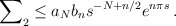
\begin{align*}\sum\nolimits_2\leq a_N b_n s^{-N+n/2} e^{n\pi s}\, .\end{align*}